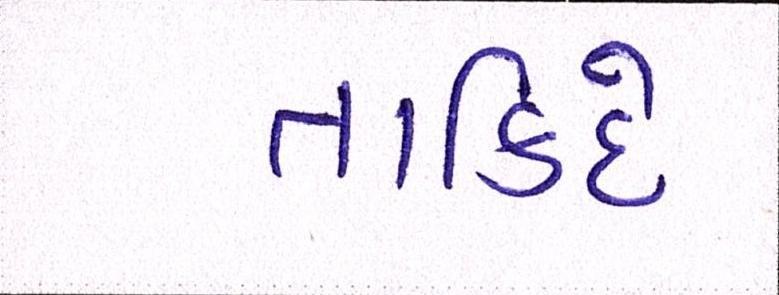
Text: તાકિદે